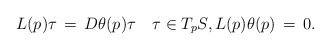
\begin{align*}L(p)\tau \,=\, D\theta(p)\tau \quad\tau\in T_pS,L(p)\theta(p) \,=\, 0. \end{align*}